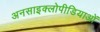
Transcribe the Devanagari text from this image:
अनसाइक्लोपीडियाओं